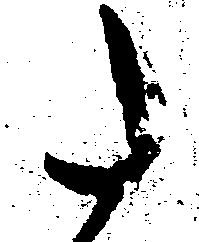
た